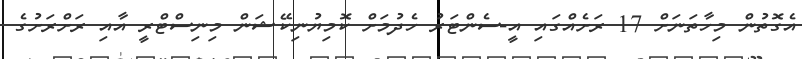
އެގޮތުން މިހާތަނަށް 17 ރަށެއްގައި އީ-ސެންޓަރު ހެދުމަށް ކޮމިޔުނިކޭޝަން މިނިސްޓްރީ އާއި ރަށްރަށުގެ